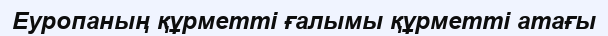
Еуропаның құрметті ғалымы құрметті атағы